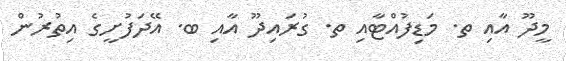
މީދޫ އާއި ތ. މަޑިފުއްޓާއި ތ. ގުރައިދޫ އާއި ބ. އޭދަފުށީގެ އިތުރުން